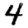
Digit: 4